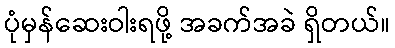
ပုံမှန်ဆေးဝါးရဖို့ အခက်အခဲ ရှိတယ်။